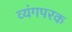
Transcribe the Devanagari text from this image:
व्यंगपरक